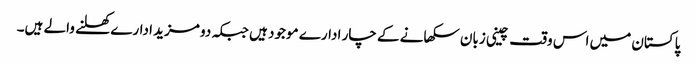
پاکستان میں اس وقت چینی زبان سکھانے کے چار ادارے موجود ہیں جبکہ دو مزید ادارے کھلنے والے ہیں۔